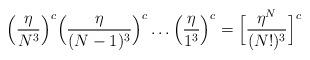
LaTeX: \begin{align*} \Big(\frac{\eta}{N^3}\Big)^c\Big(\frac{\eta}{(N-1)^3}\Big)^c\dots \Big(\frac{\eta}{1^3}\Big)^c =\Big[\frac{\eta^N}{(N!)^3}\Big]^c\end{align*}